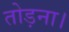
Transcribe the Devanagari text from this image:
तोड़ना।